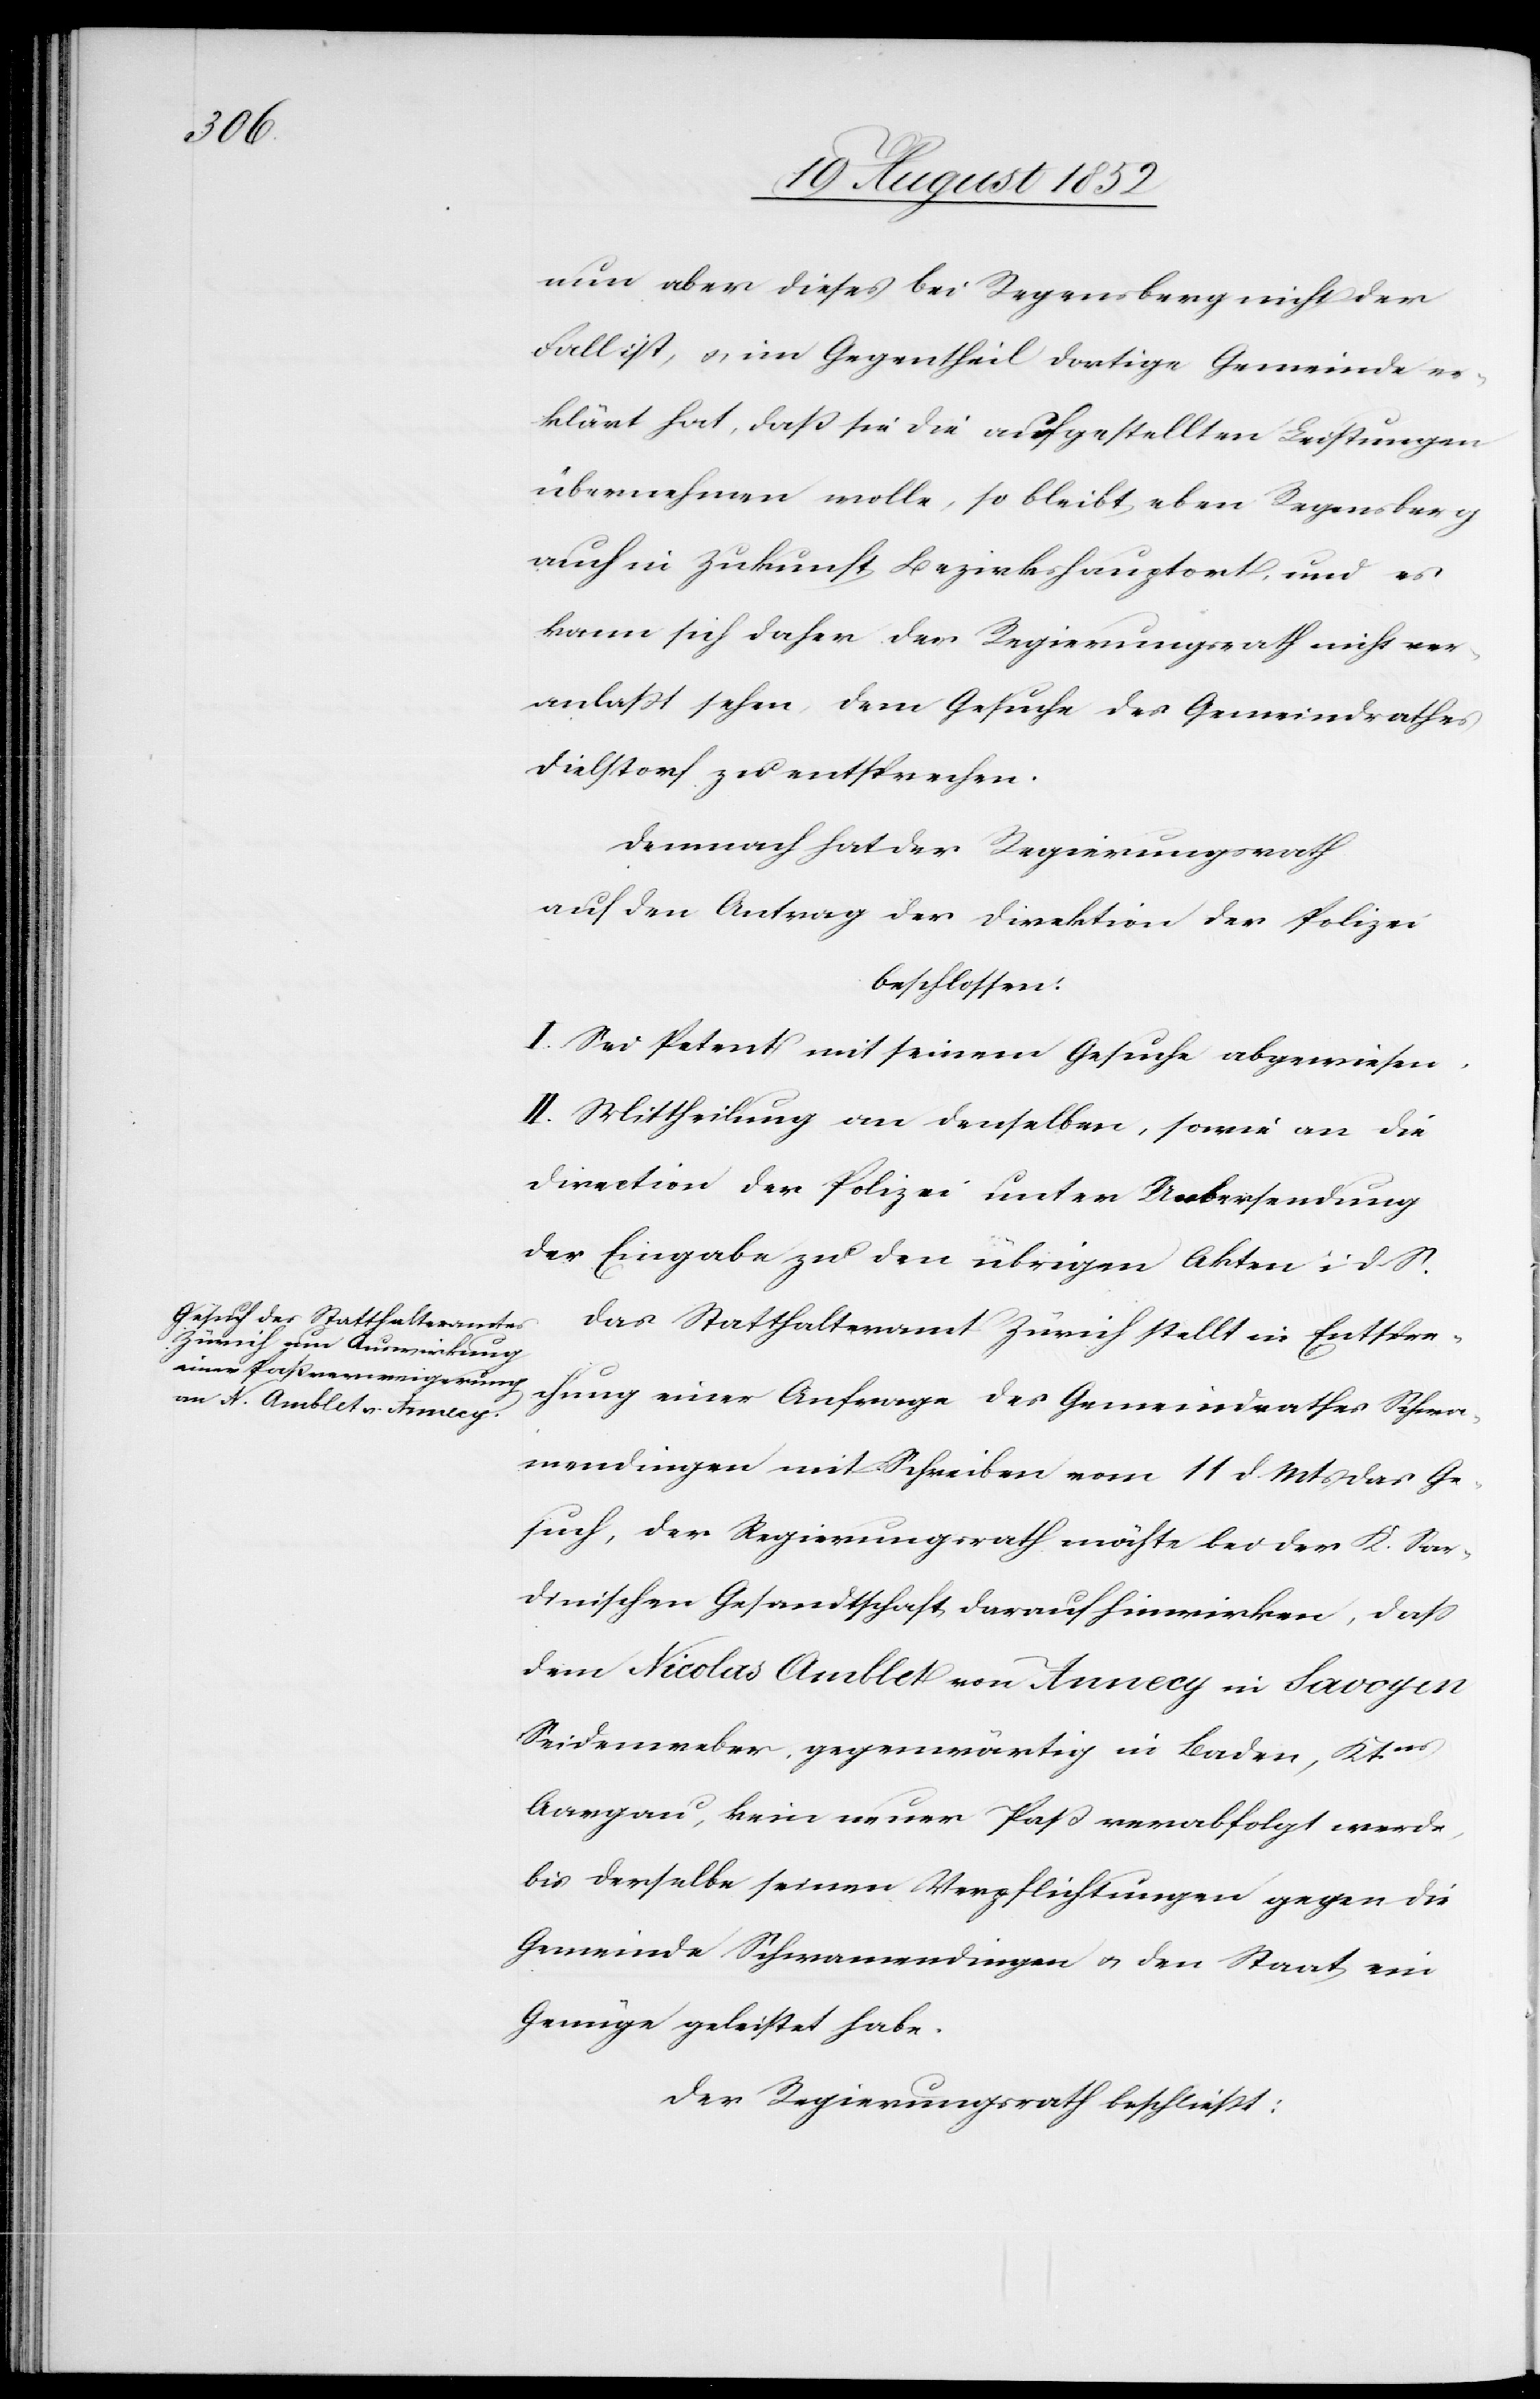
nun aber dieses bei Regensberg nicht der
Fall ist, & im Gegentheil dortige Gemeinde er¬
klärt hat, daß sie die aufgestellten Leistungen
übernehmen wolle, so bleibt eben Regensberg
auch in Zukunft Bezirkshauptort, und es
kann sich daher der Regierungsrath nicht ver¬
anlaßt sehen, dem Gesuche des Gemeindrathes
Dielstorf zu entsprechen.
Demnach hat der Regierungsrath
auf den Antrag der Direktion der Polizei
beschlossen:
I. Sei Petent mit seinem Gesuche abgewiesen.
II. Mittheilung an denselben, sowie an die
Direction der Polizei unter Uebersendung
der Eingabe zu den übrigen Akten i d. S.
Das Statthalteramt Zürich stellt in Entspre¬
chung einer Anfrage des Gemeindrathes Schwa¬
mendingen mit Schreiben vom 11 d. Mts das Ge¬
such, der Regierungsrath möchte bei der K. Sar¬
dinischen Gesandtschaft darauf hinwirken, dass
dem Nicolas Amblet von Annecy in Savoyen
Seidenweber, gegenwärtig in Baden, Ktns.
Aargau, kein neuer Paß verabfolgt werde,
bis derselbe seinen Verpflichtungen gegen die
Gemeinde Schwamendingen & den Staat ein
Genüge geleistet habe.
Der Regierungsrath beschließt: